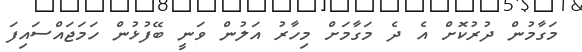
މަގާމުން ދުރުކޮށް އެ ދެ މަގާމަށް މިހާރު އަލުން ވަނީ ބޭފުޅުން ހަމަޖައްސަައިފަ